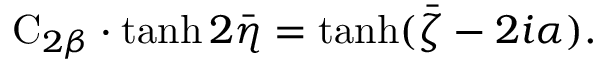
\mathrm { C } _ { 2 \beta } \cdot \operatorname { t a n h } 2 \bar { \eta } = \operatorname { t a n h } ( \bar { \zeta } - 2 i \alpha ) .